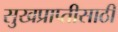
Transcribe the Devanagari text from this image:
सुखप्राप्तीसाठी